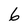
Character: 6